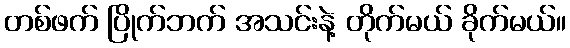
တစ်ဖက် ပြိုက်ဘက် အသင်းနဲ့ တိုက်မယ် ခိုက်မယ်။